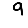
Digit: 9